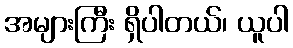
အများကြီး ရှိပါတယ်၊ ယူပါ